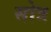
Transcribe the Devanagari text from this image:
सोत्र